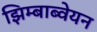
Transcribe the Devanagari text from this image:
झिम्बाब्वेयन